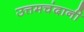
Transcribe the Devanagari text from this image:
उत्तमचंदानी